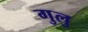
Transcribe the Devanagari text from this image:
गुलु